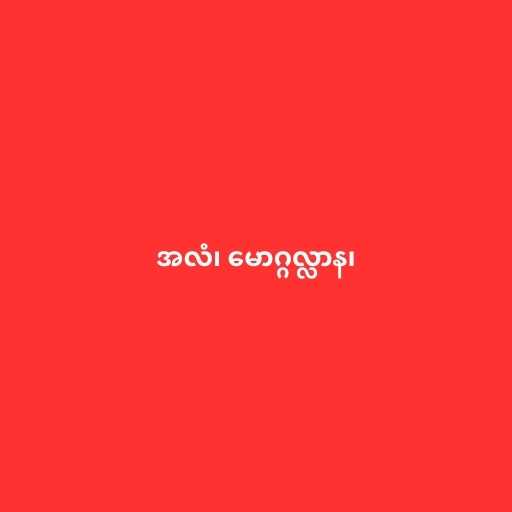
အလံ၊ မောဂ္ဂလ္လာန၊